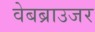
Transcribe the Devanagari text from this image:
वेबब्राउजर